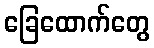
ခြေထောက်တွေ